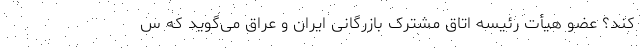
کند؟ عضو هیأت رئیسه اتاق مشترک بازرگانی ایران و عراق می‌گوید که س